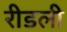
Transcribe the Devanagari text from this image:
रीडली